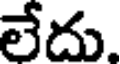
లేదు.